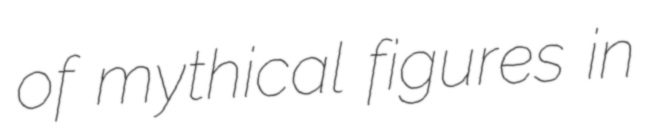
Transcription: of mythical figures in